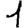
Digit: 1